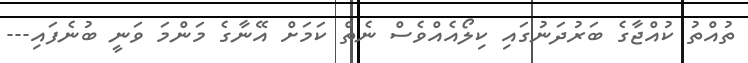
ތުއްތު ކުއްޖާގެ ބަރުދަނުގައި ކިލޯއެއްވެސް ނެތް ކަމަށް އޭނާގެ މަންމަ ވަނީ ބުނެފައި---